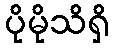
ပိုမိုသိရှိ